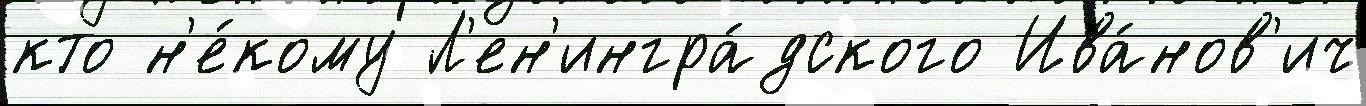
кто н'е́кому Л'ен'ингра́дского Ива́нов'ич